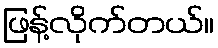
ဖြန့်လိုက်တယ်။